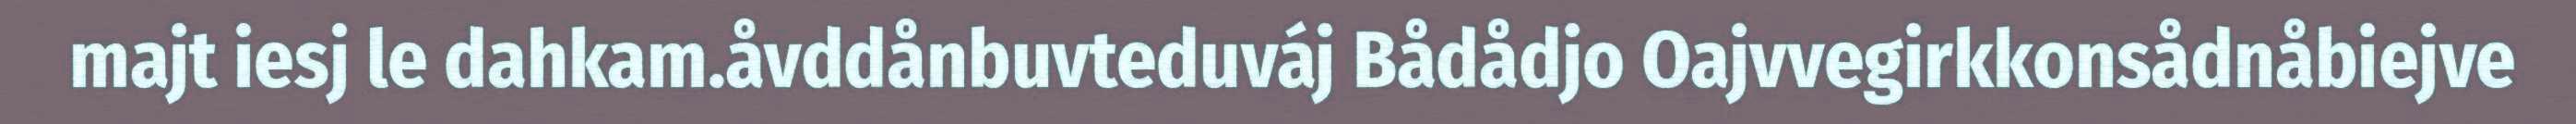
majt iesj le dahkam.åvddånbuvteduváj Bådådjo Oajvvegirkkonsådnåbiejve